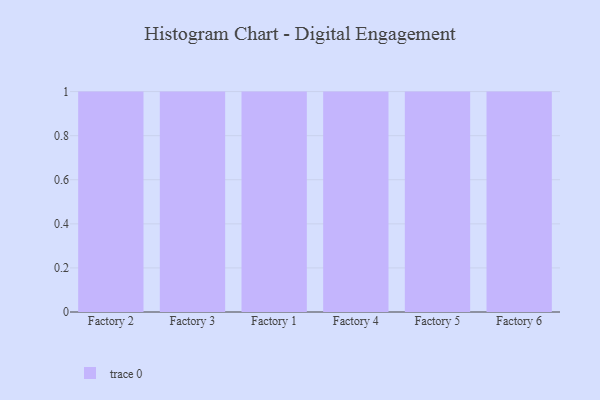
{"axis": {"x": "Factory", "y": "Bounce Rate (%)"}, "legend": [""], "data": [{"x": "Factory 2", "y": 18, "type": ""}, {"x": "Factory 3", "y": 81, "type": ""}, {"x": "Factory 1", "y": 20, "type": ""}, {"x": "Factory 4", "y": 8, "type": ""}, {"x": "Factory 5", "y": 36, "type": ""}, {"x": "Factory 6", "y": 53, "type": ""}]}